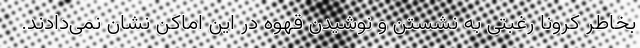
بخاطر کرونا رغبتی به نشستن و نوشیدن قهوه در این اماکن نشان نمی‌دادند.